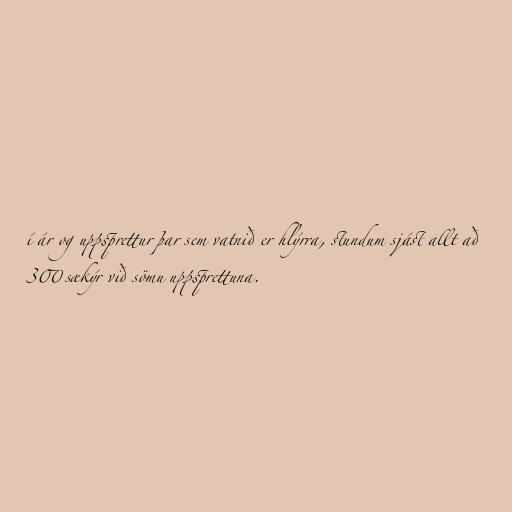
í ár og uppsprettur þar sem vatnið er hlýrra, stundum sjást allt að
300 sækýr við sömu uppsprettuna.